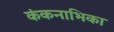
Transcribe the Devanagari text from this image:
कंकनाभिका